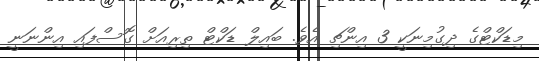
މިޑަކްޓްގެ ދިގުމިނަކީ 3 އިންޗި އެވެ. ބައިލް ޑަކްޓް ތިރިއަށް ގޮސްފައި އިންނަނީ